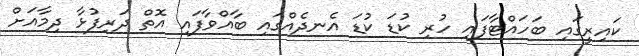
ކައިރީގައި ބަހައްޓާފައި ހުރި ކުޑަ ކުޑަ އެނދެއްގައި ބާއްވާފައި އޮތް ދަރިފުޅާ ދިމާއަށް